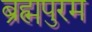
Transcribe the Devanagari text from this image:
ब्रह्मपुरम